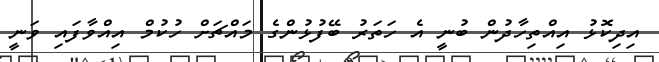
އިދިކޮޅު އިއްތިހާދުން ބުނީ އެ ހަތަރު ބޭފުޅުންގެ މައްޗަށް ހުކުމް އިއްވާފައި ވަނީ